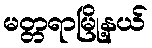
မတ္တရာမြို့နယ်